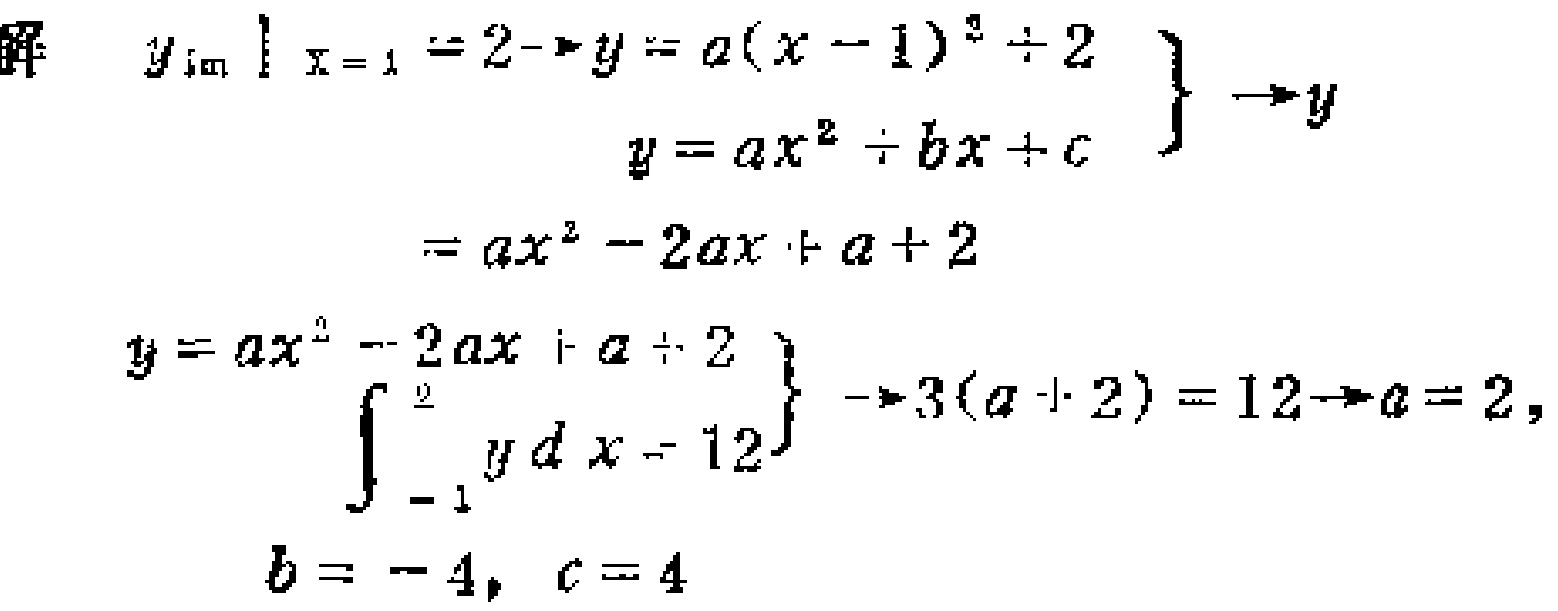
解

\[

\begin{align*}

\left. y_{\min}\right|_{x = 1}=2&\Rightarrow y=a(x - 1)^2+2\\

y&=ax^{2}+bx + c

\end{align*}

\Rightarrow y=ax^{2}-2ax+a + 2

\]

\[

\begin{align*}

y&=ax^{2}-2ax+a + 2\\

\int_{-1}^{2}y\mathrm{d}x&=12

\end{align*}

\Rightarrow 3(a + 2)=12\Rightarrow a = 2,

\]

\(b=-4, c = 4\)